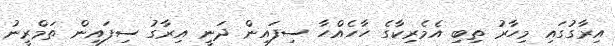
އިރާގުގައި މިހާރު ތިބި އެމެރިކާގެ ހާހެއްހާ ސިފައިން ދަނީ އިރާގު ސިފައިން ތަމްރީނު